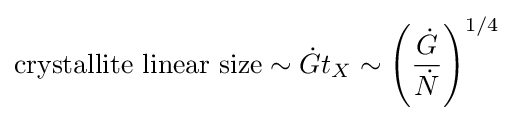
{\text{crystallite linear size}}\sim {\dot {G}}t_{X}\sim \left({\frac {\dot {G}}{\dot {N}}}\right)^{1/4}